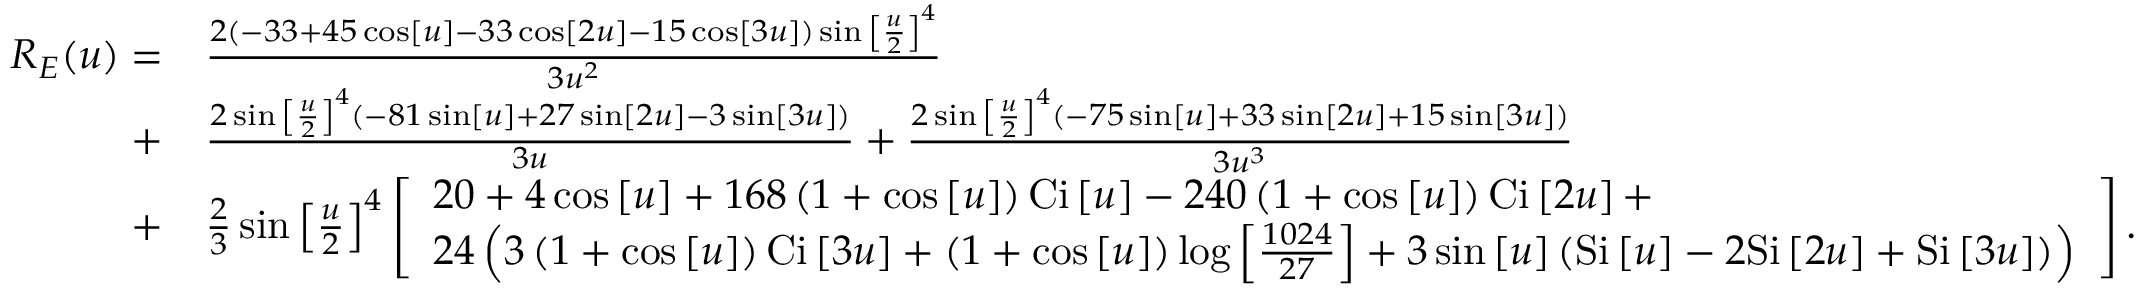
\begin{array} { r l } { { R _ { E } } ( u ) = } & { \frac { { 2 \left( { - 3 3 + 4 5 \cos \left[ u \right] - 3 3 \cos \left[ { 2 u } \right] - 1 5 \cos \left[ { 3 u } \right] } \right) \sin { { \left[ { \frac { u } { 2 } } \right] } ^ { 4 } } } } { { 3 { u ^ { 2 } } } } } \\ { + } & { \frac { { 2 \sin { { \left[ { \frac { u } { 2 } } \right] } ^ { 4 } } \left( { - 8 1 \sin \left[ u \right] + 2 7 \sin \left[ { 2 u } \right] - 3 \sin \left[ { 3 u } \right] } \right) } } { { 3 u } } + \frac { { 2 \sin { { \left[ { \frac { u } { 2 } } \right] } ^ { 4 } } \left( { - 7 5 \sin \left[ u \right] + 3 3 \sin \left[ { 2 u } \right] + 1 5 \sin \left[ { 3 u } \right] } \right) } } { { 3 { u ^ { 3 } } } } } \\ { + } & { \frac { 2 } { 3 } \sin { \left[ { \frac { u } { 2 } } \right] ^ { 4 } } \left[ \begin{array} { l } { 2 0 + 4 \cos \left[ u \right] + 1 6 8 \left( { 1 + \cos \left[ u \right] } \right) \mathrm { { C i } } \left[ u \right] - 2 4 0 \left( { 1 + \cos \left[ u \right] } \right) { \mathrm { C i } } \left[ { 2 u } \right] + } \\ { 2 4 \left( { 3 \left( { 1 + \cos \left[ u \right] } \right) \mathrm { { C i } } \left[ { 3 u } \right] + \left( { 1 + \cos \left[ u \right] } \right) \log \left[ { \frac { { 1 0 2 4 } } { { 2 7 } } } \right] + 3 \sin \left[ u \right] \left( { { \mathrm { S i } } \left[ u \right] - 2 \mathrm { { S i } } \left[ { 2 u } \right] + { \mathrm { S i } } \left[ { 3 u } \right] } \right) } \right) } \end{array} \right] . } \end{array}